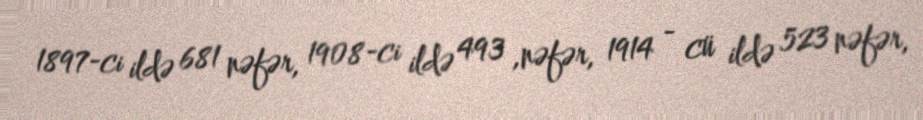
1897-ci ildə 681 nəfər, 1908-ci ildə 493 ,nəfər, 1914 - cü ildə 523 nəfər,